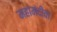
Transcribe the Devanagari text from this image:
महामंदीचा